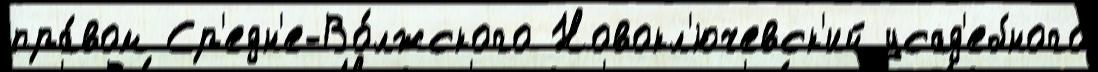
пра́вом Ср'едн'е-Во́лжского Новокл'ючевск'ий усад'ебного